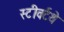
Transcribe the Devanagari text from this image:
स्टीवर्टथे